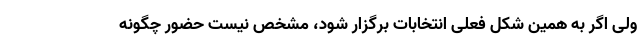
ولی اگر به همین شکل فعلی انتخابات برگزار شود، مشخص نیست حضور چگونه